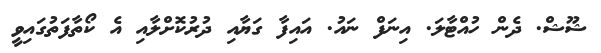
ޝޫޝް. ދެން ހުއްޓާލަ. އިނަފް ނައު. އައިފާ ގަޔާއި ދުރުކޮށްލާއި އެ ކޯތާފަތުގައިވީ